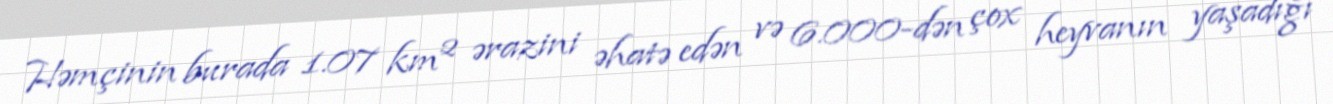
Həmçinin burada 1.07 km² ərazini əhatə edən və 6.000-dən çox heyvanın yaşadığı